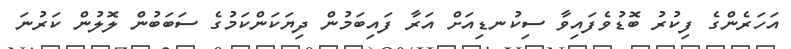
އަހަރެންގެ ފިކުރު ބޮޑުވެފައިވާ ސިކުނޑިއަށް އަރާ ފައިބަމުން ދިޔަކަންކަމުގެ ސަބަބުން ލޮލުން ކަރުނަ